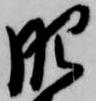
肥